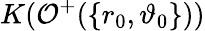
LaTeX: K(\mathcal{O}^{+}(\{ r_{0},\vartheta_{0}\} ))